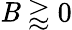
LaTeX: \mathit{B}\gtrapprox0